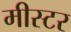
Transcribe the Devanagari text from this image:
मीस्टर